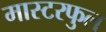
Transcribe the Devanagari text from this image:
मास्टरफुल